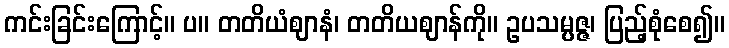
ကင်းခြင်းကြောင့်။ ပ။ တတိယံဈာနံ၊ တတိယဈာန်ကို။ ဥပသမ္ပဇ္ဇ၊ ပြည့်စုံစေ၍။